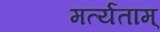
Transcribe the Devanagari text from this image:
मर्त्यताम्